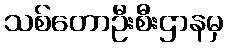
သစ်တောဦးစီးဌာနမှ